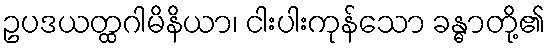
ဥပဒယတ္ထဂါမိနိယာ၊ ငါးပါးကုန်သော ခန္ဓာတို့၏